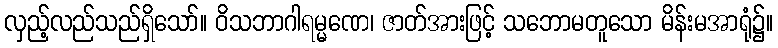
လှည့်လည်သည်ရှိသော်။ ဝိသဘာဂါရမ္မဏေ၊ ဇာတ်အားဖြင့် သဘောမတူသော မိန်းမအာရုံ၌။